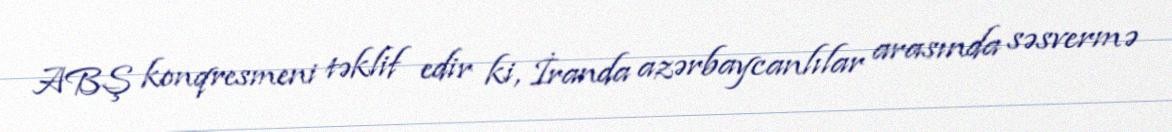
ABŞ konqresmeni təklif edir ki, İranda azərbaycanlılar arasında səsvermə